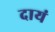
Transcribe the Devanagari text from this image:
दायं